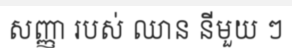
សញ្ញា របស់ ឈាន នីមួយ ៗ